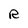
Character: R